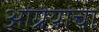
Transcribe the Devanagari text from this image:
आंग्रेयांचा